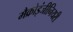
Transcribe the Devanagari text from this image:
मैक्रोइंजीनियरी